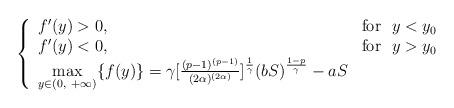
LaTeX: \begin{align*}\left\{\begin{array}{ll}f^\prime(y)>0, &\mbox{for} \ \ y<y_0\\f^\prime(y)<0, &\mbox{for} \ \ y>y_0\\\max\limits_{y\in(0,\ +\infty)}\{f(y)\}=\gamma[\frac{(p-1)^{(p-1)}}{(2\alpha)^{(2\alpha)}}]^{\frac{1}{\gamma}}(bS)^{\frac{1-p}{\gamma}}-aS\end{array}\right.\end{align*}